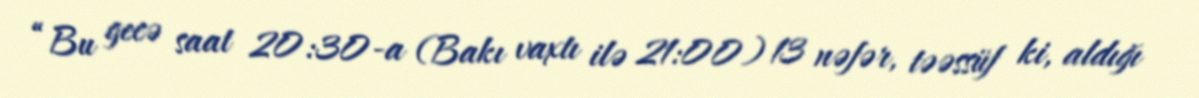
“Bu gecə saat 20:30-a (Bakı vaxtı ilə 21:00) 13 nəfər, təəssüf ki, aldığı